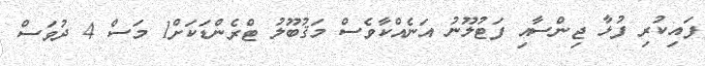
ފައިކުރި ފުޅާ ޖިންސާއި ފަޓުލޫނު އަނެއްކާވެސް މަޤުބޫލު ޓްރެންޑަކަށް1 މަސް 4 ދުވަސް